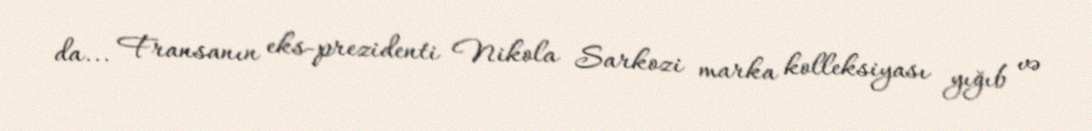
da... Fransanın eks-prezidenti Nikola Sarkozi marka kolleksiyası yığıb və